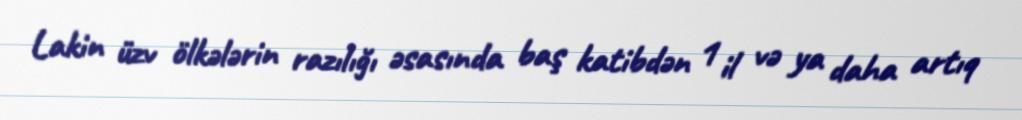
Lakin üzv ölkələrin razılığı əsasında baş katibdən 1 il və ya daha artıq